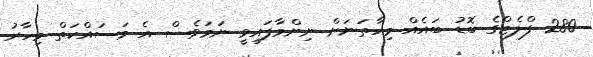
280 ފްލެޓްގެ ބޮޑު ބައެއް މިހާތަނަށް ނިންމާފައިވީ ނަމަވެސް އެ މަސައްކަތް މިހާރު